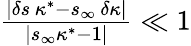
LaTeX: \begin{array}{r}{\frac{|\delta s\, \kappa^{*}-s_{\infty}\, \delta\kappa|}{|s_{\infty}\kappa^{*}-1|}\ll 1}\end{array}